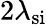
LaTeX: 2\lambda_{\mathrm{si}}